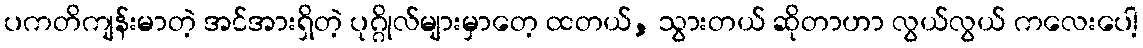
ပကတိကျန်းမာတဲ့ အင်အားရှိတဲ့ ပုဂ္ဂိုလ်များမှာတေ့ ထတယ်, သွားတယ် ဆိုတာဟာ လွယ်လွယ် ကလေးပေါ့